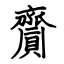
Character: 齎